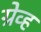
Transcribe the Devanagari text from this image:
ग्रेव्ह